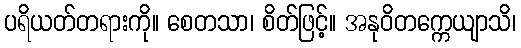
ပရိယတ်တရားကို။ စေတသာ၊ စိတ်ဖြင့်။ အနုဝိတက္ကေယျာသိ၊